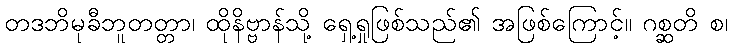
တဒဘိမုခီဘူတတ္တာ၊ ထိုနိဗ္ဗာန်သို့ ရှေ့ရှုဖြစ်သည်၏ အဖြစ်ကြောင့်။ ဂစ္ဆတိ စ၊